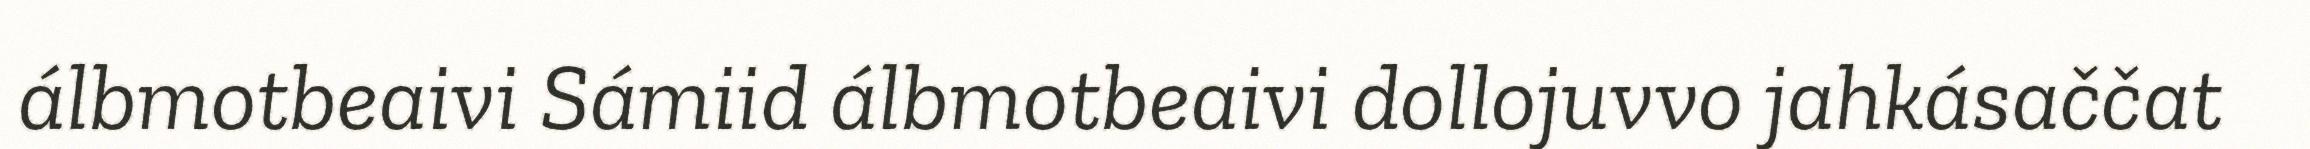
álbmotbeaivi Sámiid álbmotbeaivi dollojuvvo jahkásaččat